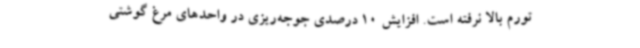
تورم بالا نرفته است. افزایش 10 درصدی جوجه‌ریزی در واحدهای مرغ گوشتی